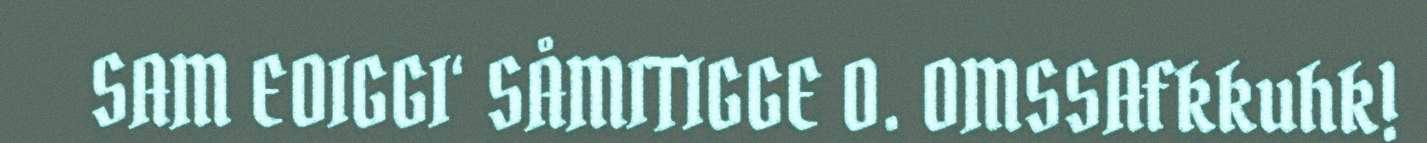
SAM EOIGGI‘ SÅMITIGGE O. OMSSAfkkuhk!